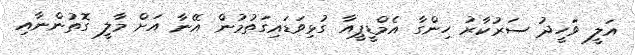
އަލީ ވަހީދު ސަރުކާރު ހިންގާ އެމްޑީޕީއާ ގުޅިވަޑައިގަތުމުން އޭނާ އަށް މާލީ ގޮތުންނާއި